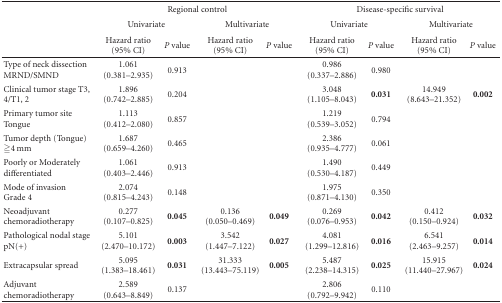
<table><thead><tr><td></td><td colspan="5"><b>Regional control</b></td><td></td><td colspan="5"><b>Disease-specific survival</b></td></tr><tr><td></td><td colspan="2"><b>Univariate</b></td><td></td><td colspan="2"><b>Multivariate</b></td><td></td><td colspan="2"><b>Univariate</b></td><td></td><td colspan="2"><b>Multivariate</b></td></tr><tr><td></td><td><b>Hazard ratio (95% CI)</b></td><td><b><i>P</i> value</b></td><td></td><td><b>Hazard ratio (95% CI)</b></td><td><b><i>P</i> value</b></td><td></td><td><b>Hazard ratio (95% CI)</b></td><td><b><i>P</i> value</b></td><td></td><td><b>Hazard ratio (95% CI)</b></td><td><b><i>P</i> value</b></td></tr></thead><tbody><tr><td>Type of neck dissection MRND/SMND</td><td>1.061 (0.381–2.935)</td><td>0.913</td><td></td><td></td><td></td><td></td><td>0.986 (0.337–2.886)</td><td>0.980</td><td></td><td></td><td></td></tr><tr><td>Clinical tumor stage T3, 4/T1, 2</td><td>1.896 (0.742–2.885)</td><td>0.204</td><td></td><td></td><td></td><td></td><td>3.048 (1.105–8.043)</td><td><b>0.031</b></td><td></td><td>14.949 (8.643–21.352)</td><td><b>0.002</b></td></tr><tr><td>Primary tumor site Tongue</td><td>1.113 (0.412–2.080)</td><td>0.857</td><td></td><td></td><td></td><td></td><td>1.219 (0.539–3.052)</td><td>0.794</td><td></td><td></td><td></td></tr><tr><td>Tumor depth (Tongue) ≧4 mm</td><td>1.687 (0.659–4.260)</td><td>0.465</td><td></td><td></td><td></td><td></td><td>2.386 (0.935–4.777)</td><td>0.061</td><td></td><td></td><td></td></tr><tr><td>Poorly or Moderately differentiated</td><td>1.061 (0.403–2.446)</td><td>0.913</td><td></td><td></td><td></td><td></td><td>1.490 (0.530–4.187)</td><td>0.449</td><td></td><td></td><td></td></tr><tr><td>Mode of invasion Grade 4</td><td>2.074 (0.815–4.243)</td><td>0.148</td><td></td><td></td><td></td><td></td><td>1.975 (0.871–4.130)</td><td>0.350</td><td></td><td></td><td></td></tr><tr><td>Neoadjuvant chemoradiotherapy</td><td>0.277 (0.107–0.825)</td><td><b>0.045</b></td><td></td><td>0.136 (0.050–0.469)</td><td><b>0.049</b></td><td></td><td>0.269 (0.076–0.953)</td><td><b>0.042 </b></td><td></td><td>0.412 (0.150–0.924)</td><td><b>0.032 </b></td></tr><tr><td>Pathological nodal stage pN(+)</td><td>5.101 (2.470–10.172)</td><td><b>0.003</b></td><td></td><td>3.542 (1.447–7.122)</td><td><b>0.027</b></td><td></td><td>4.081 (1.299–12.816)</td><td><b>0.016 </b></td><td></td><td>6.541 (2.463–9.257)</td><td><b>0.014 </b></td></tr><tr><td>Extracapsular spread</td><td>5.095 (1.383–18.461)</td><td><b>0.031</b></td><td></td><td>31.333 (13.443–75.119)</td><td><b>0.005</b></td><td></td><td>5.487 (2.238–14.315)</td><td><b>0.025 </b></td><td></td><td>15.915 (11.440–27.967)</td><td><b>0.024 </b></td></tr><tr><td>Adjuvant chemoradiotherapy</td><td>2.589 (0.643–8.849)</td><td>0.137</td><td></td><td></td><td></td><td></td><td>2.806 (0.792–9.942)</td><td>0.110</td><td></td><td></td><td></td></tr></tbody></table>